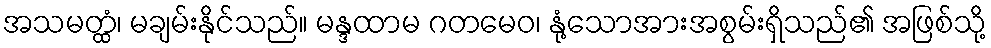
အသမတ္ထံ၊ မချမ်းနိုင်သည်။ မန္ဒထာမ ဂတမေဝ၊ နုံ့သောအားအစွမ်းရှိသည်၏ အဖြစ်သို့